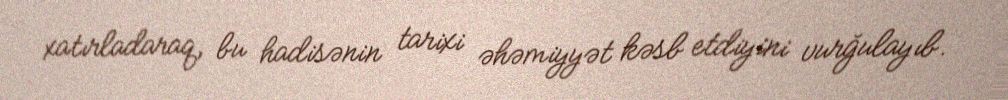
xatırladaraq, bu hadisənin tarixi əhəmiyyət kəsb etdiyini vurğulayıb.